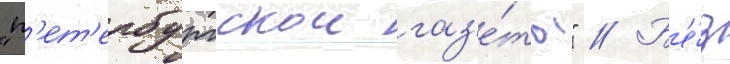
"п'ет'ербургскои газ'е́ты" // Б'е́з